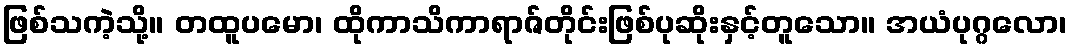
ဖြစ်သကဲ့သို့။ တထူပမော၊ ထိုကာသိကာရာဇ်တိုင်းဖြစ်ပုဆိုးနှင့်တူသော။ အယံပုဂ္ဂလော၊